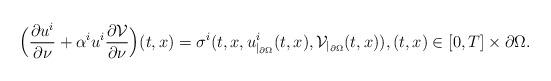
LaTeX: \begin{align*}\Bigl(\frac{\partial u^i}{\partial \nu}+\alpha^i u^i\frac{\partial\mathcal{V}}{\partial \nu}\Bigr)(t, x)=\sigma^i(t, x,u^i_{|_{\partial\Omega}}(t, x), \mathcal{V}_{|_{\partial\Omega}}(t, x)),(t, x)\in[0, T]\times\partial\Omega.\end{align*}